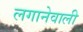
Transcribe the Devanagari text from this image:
लगानेवाली